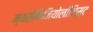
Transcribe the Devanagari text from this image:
न्यरोफिजियोलॉजिस्ट